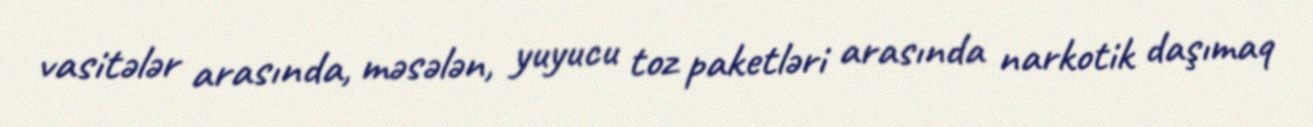
vasitələr arasında, məsələn, yuyucu toz paketləri arasında narkotik daşımaq